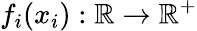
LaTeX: f_{i}(x_{i}):\mathbb{R}\to\mathbb{R}^{+}